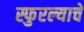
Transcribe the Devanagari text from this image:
स्फुरल्याचे